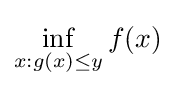
\inf _{x:g(x)\leq y}f(x)